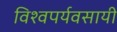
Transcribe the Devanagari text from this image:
विश्वपर्यवसायी